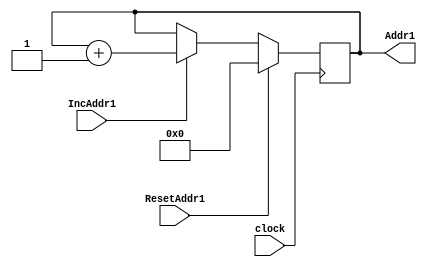
module Addr1_Counter(Addr1,clock, ResetAddr1, IncAddr1);
input clock,ResetAddr1,IncAddr1;
output reg[6:0] Addr1;

initial
begin
	Addr1 = 7'b0000000;
end

always @(posedge clock)
begin
	if(ResetAddr1) Addr1 <= 7'b0000000;
	else if(IncAddr1)  
        begin
       	Addr1 <= Addr1 + 7'b01;
	end
end
endmodule